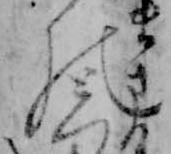
の